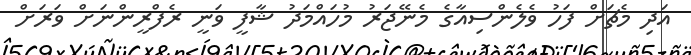
އަދި މެޗަށް ފަހު ވެލެންސިއާގެ މެނޭޖަރު މުހައްމަދު ޝާފީ ވަނީ ރެފްރީންނަށް ވަރަށް